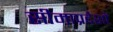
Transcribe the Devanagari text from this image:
सीमाप्रदेशों